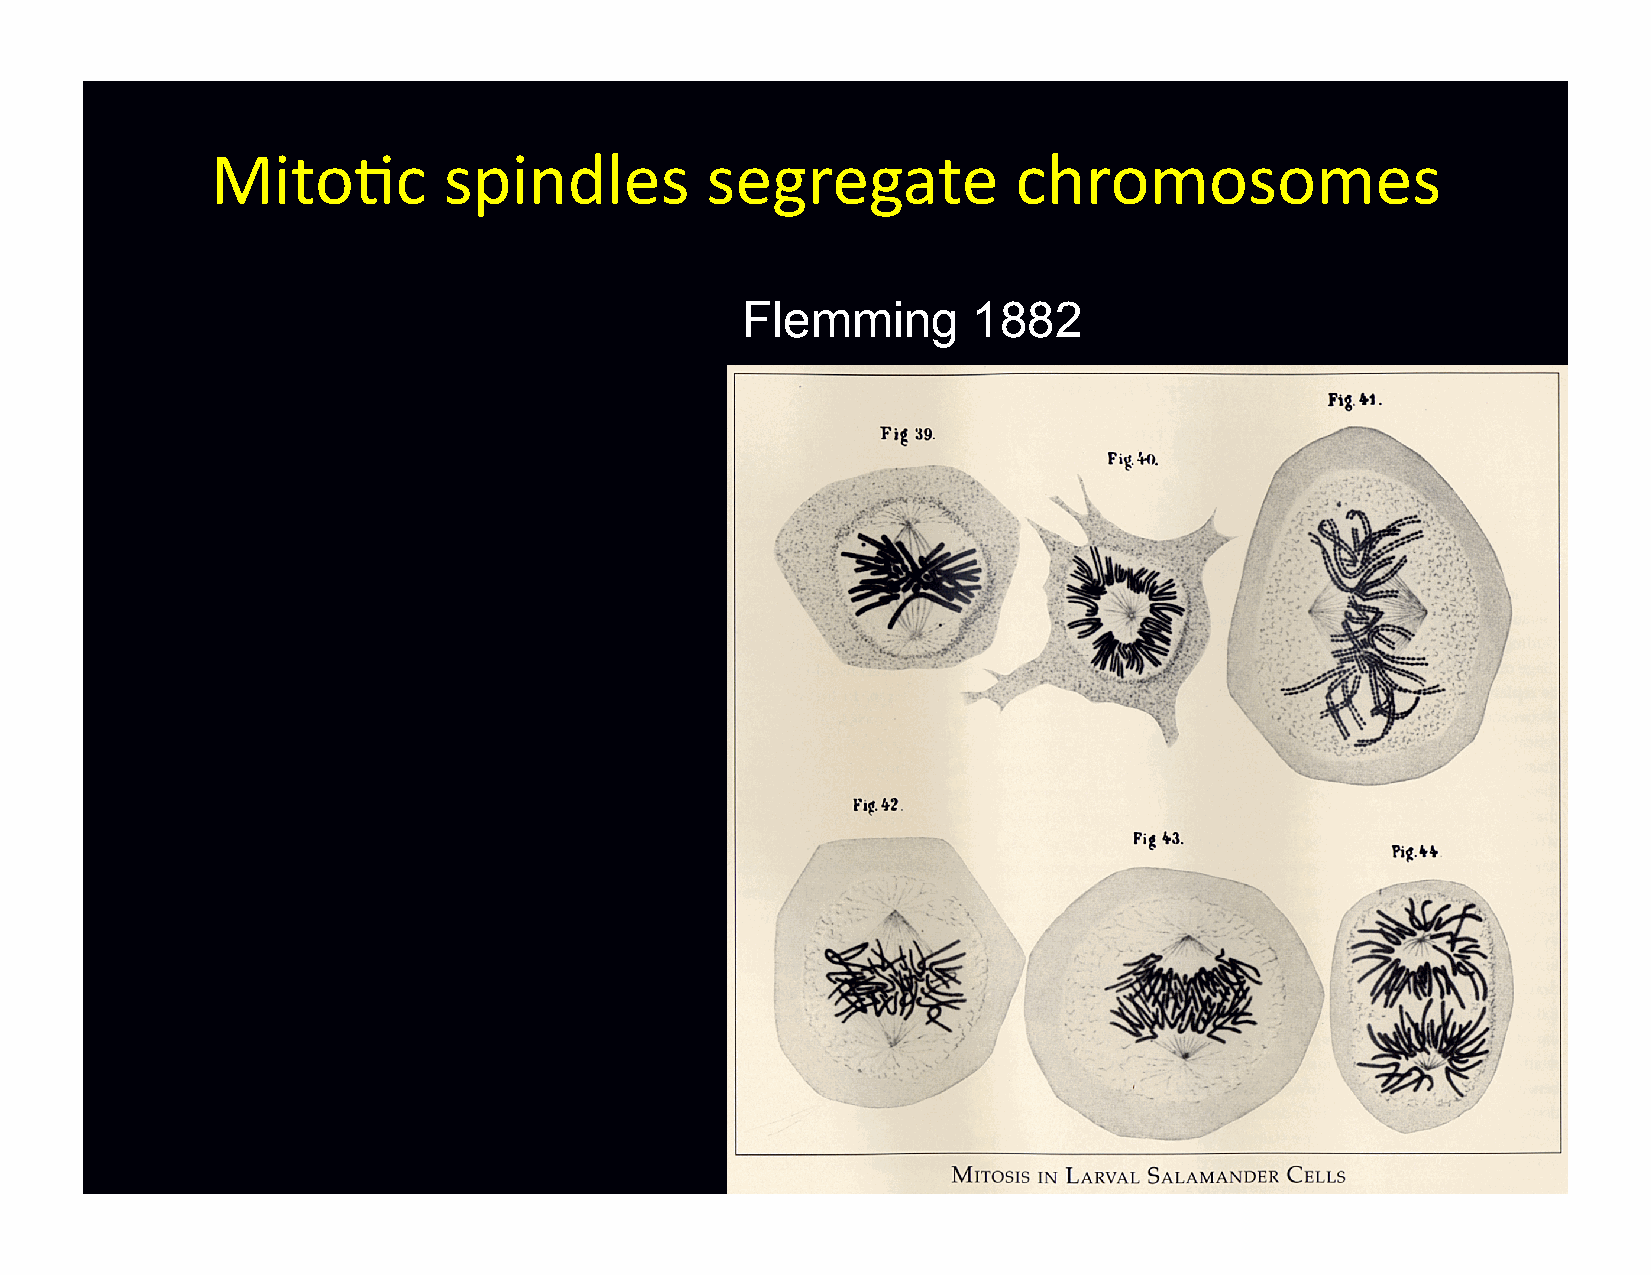
Mito-c         spindles          segregate           chromosomes
 Flemming       1882